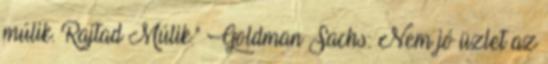
múlik. Rajtad Múlik." Goldman Sachs: Nem jó üzlet az